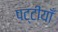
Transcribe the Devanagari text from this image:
पट्टीयाँ